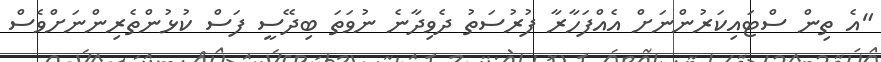
"އެ ތިން ސްޓައިކަރުންނަށް އެއްފަހާރާ ފުރުސަތު ދެވިދާނެ ނުވަތަ ބިދޭސީ ފަސް ކުޅުންތެރިންނަށްވެސް